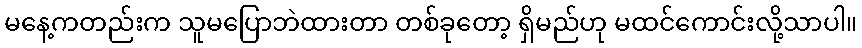
မနေ့ကတည်းက သူမပြောဘဲထားတာ တစ်ခုတော့ ရှိမည်ဟု မထင်ကောင်းလို့သာပါ။